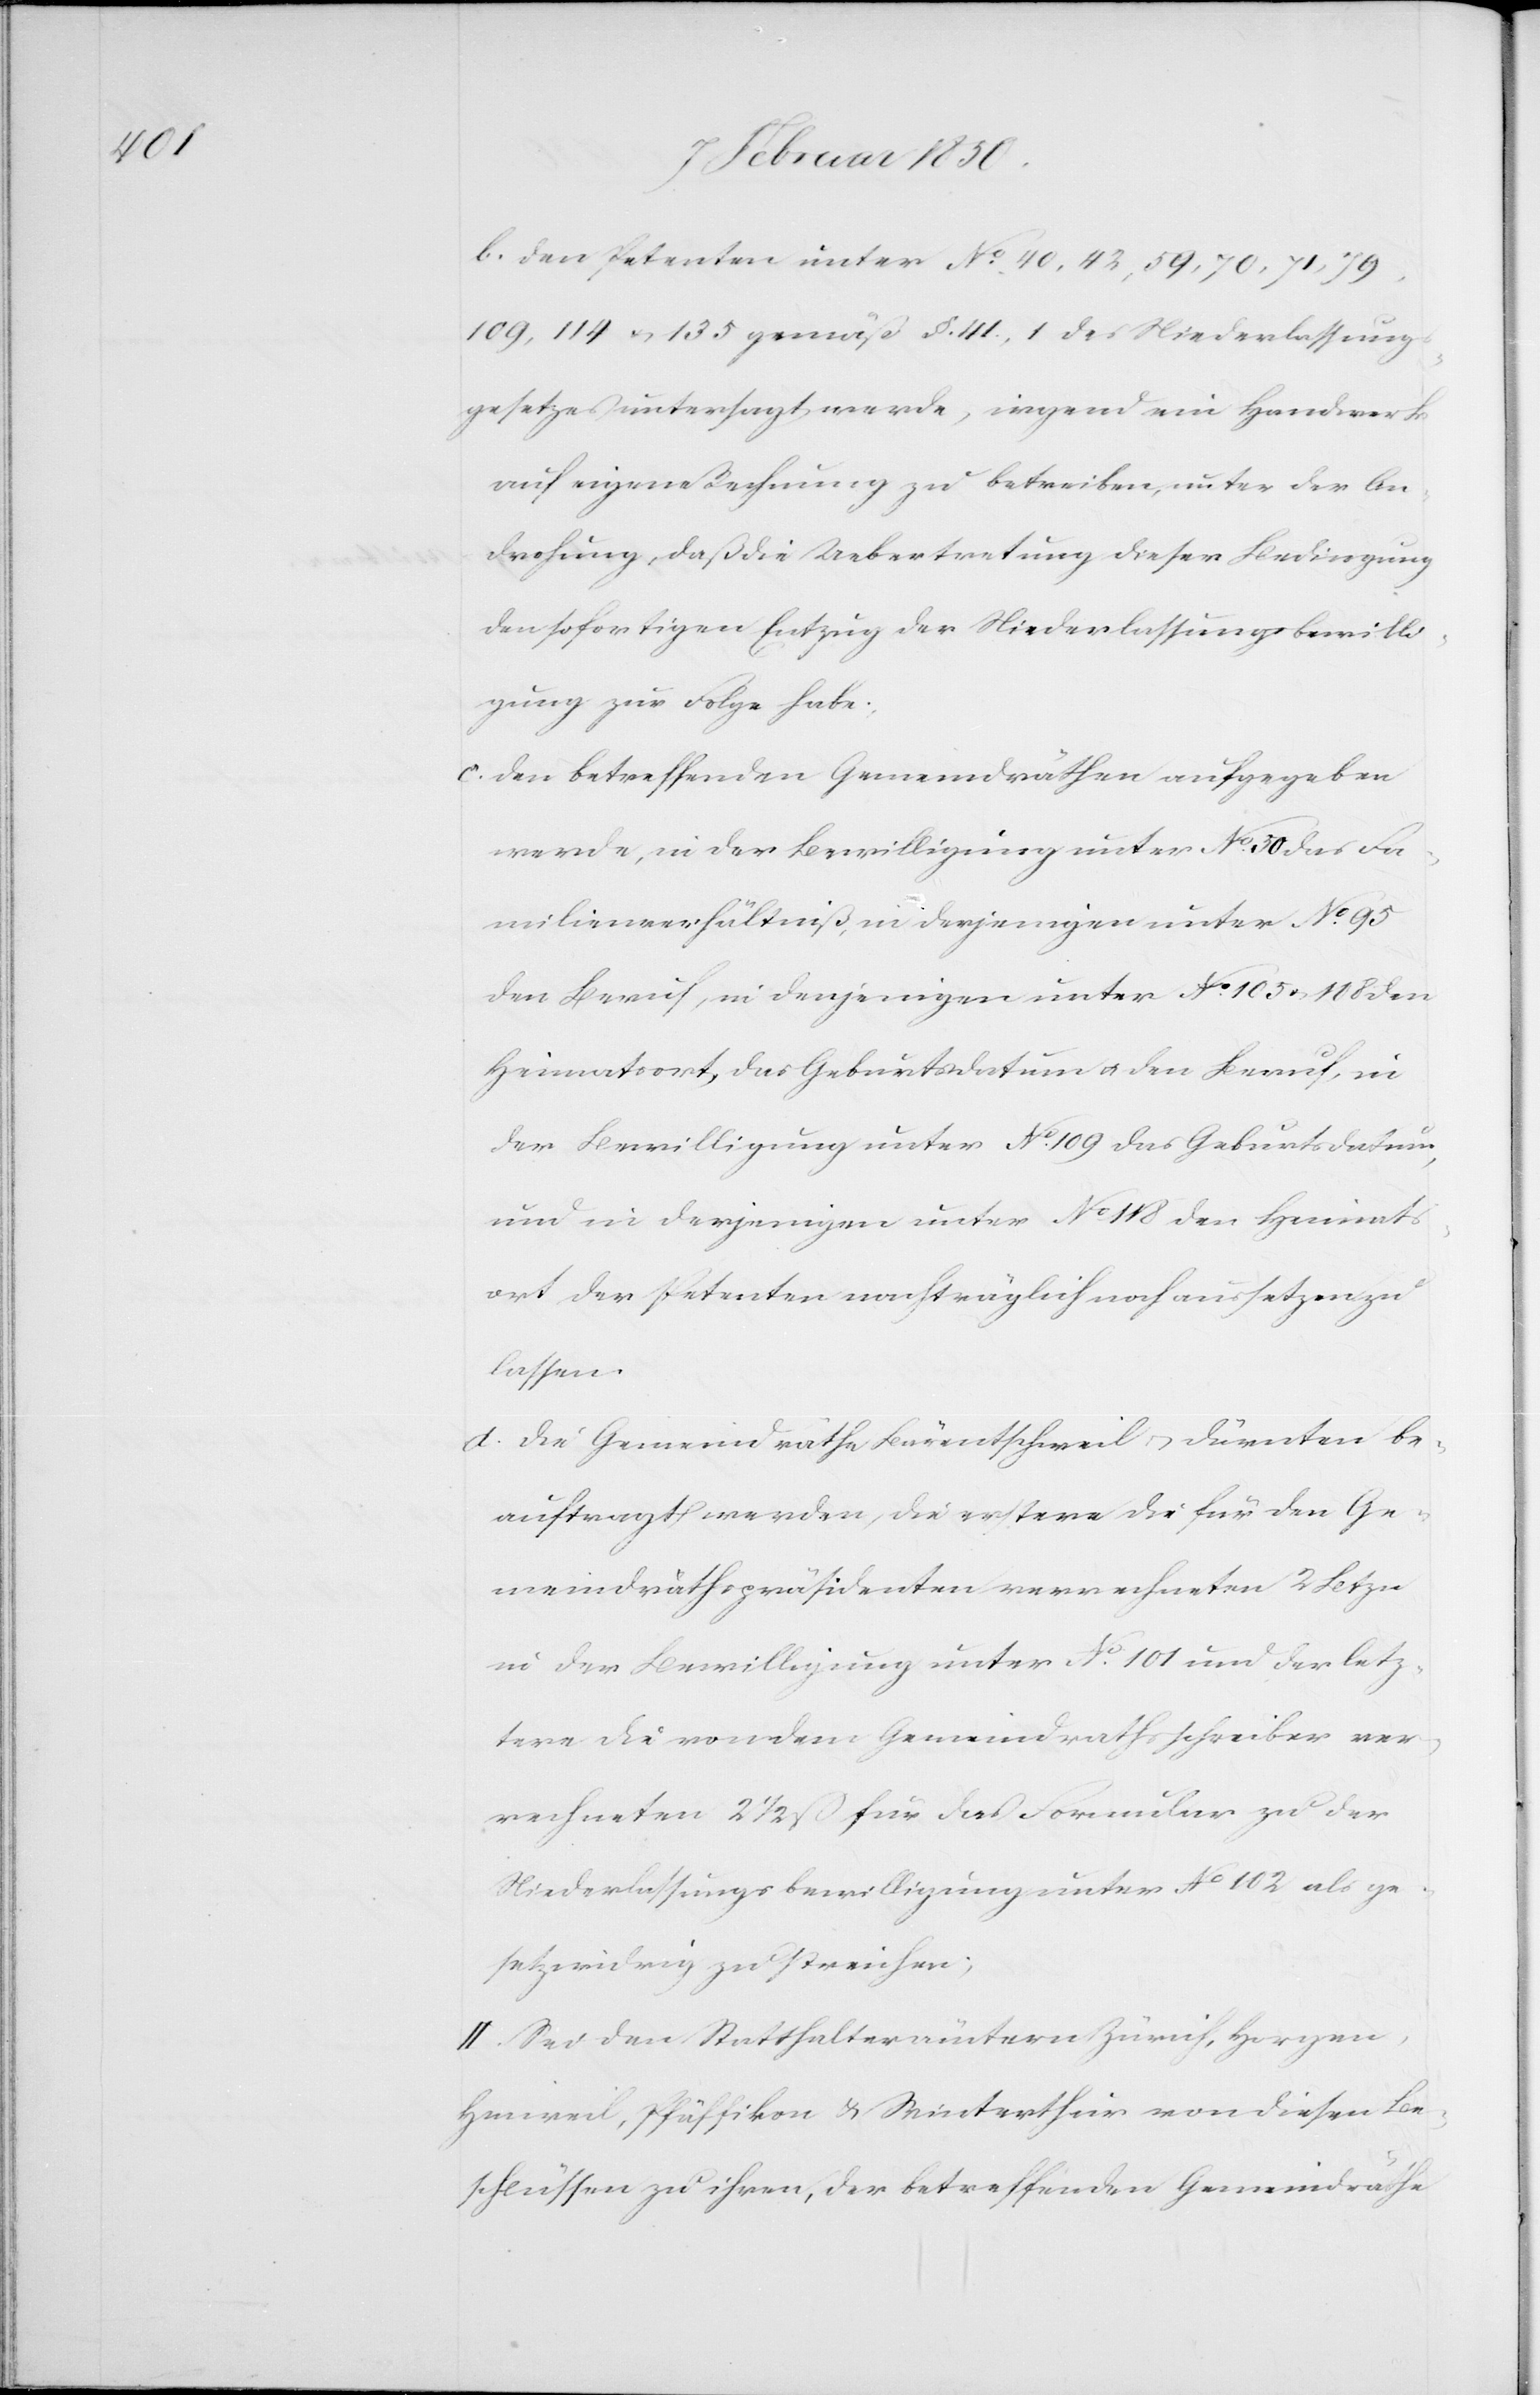
b. Den Petenten unter No 40, 42, 59, 70, 71, 79,
109, 114 u. 135 gemäß §. 41., 1 des Niederlassung¬
sgesetzes untersagt werde, irgend ein Handwerk
auf eigene Rechnung zu betreiben, unter der An¬
drohung, daß die Uebertretung dieser Bedingung
den sofortigen Entzug der Niederlassungsbewilli¬
gung zur Folge habe.
c. Den betreffenden Gemeindräthen aufgegeben
werde, in der Bewilligung unter No 50 das Fa¬
milienverhältniß , in derjenigen unter No 95
den Beruf, in derjenigen unter No 105 u. 108 den
Heimatsort, das Geburtsdatum u. den Beruf, in
der Bewilligung unter No 109 das Geburtsdatum,
und in derjenigen unter No 118 den Heimats¬
ort der Petenten nachträglich noch aussetzen zu
lassen.
d. Die Gemeindrähte Bärentschweil u. Dürnten be¬
auftragt werden, die erstere die für den Ge¬
meindräthspräsidenten verrechneten 2 Btzn
in der Bewilligung unter No 101 und der letz¬
tere die von dem Gemeindrathsschreiber ver¬
rechneten 2 1/2 ß für das Formular zu der
Niederlassungsbewilligung unter No 102 als ge¬
setzwidrig zu streichen;
II. Sei den Statthalterämtern Zürich, Horgen,
Hinweil, Pfäffikon u. Winterthur von diesen Be¬
schlüssen zu ihren, der betreffenden Gemeindräthe